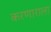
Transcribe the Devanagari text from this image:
करणाराला